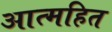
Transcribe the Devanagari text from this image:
आत्महित